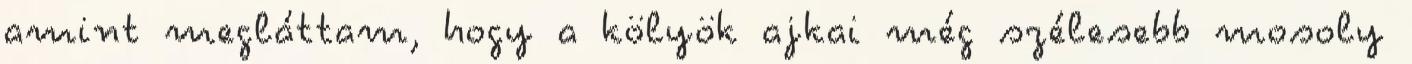
amint megláttam, hogy a kölyök ajkai még szélesebb mosoly